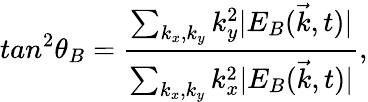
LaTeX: tan^{2}\theta_{B}=\frac{\sum_{k_{x},k_{y}}k_{y}^{2}|E_{B}(\vec{k},t)|}{\sum_{k_{x},k_{y}}k_{x}^{2}|E_{B}(\vec{k},t)|},